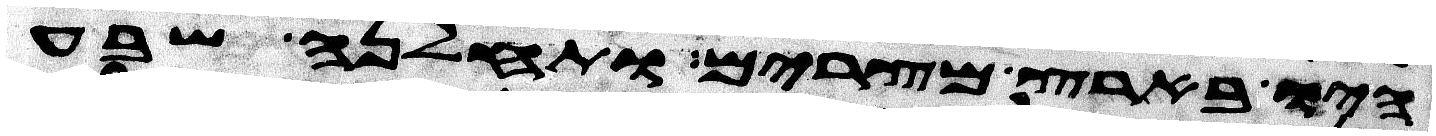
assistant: היו בארץ מצרים ותחלנה שבע